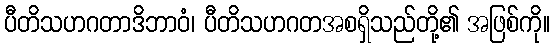
ပီတိသဟဂတာဒိဘာဝံ၊ ပီတိသဟဂတအစရှိသည်တို့၏ အဖြစ်ကို။